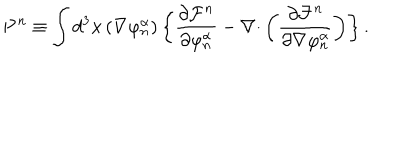
\mathbf { P } ^ { n } \equiv \int d ^ { 3 } \mathbf { x } \left( \nabla \varphi _ { n } ^ { \alpha } \right) \left\{ \frac { \partial \mathcal { F } ^ { n } } { \partial \varphi _ { n } ^ { \alpha } } - \nabla \mathbf { \cdot } \left( \frac { \partial \mathcal { F } ^ { n } } { \partial \nabla \varphi _ { n } ^ { \alpha } } \right) \right\} .